Calcutta medical institutions reports 1879-81 [i.e.91]
Year: 1879
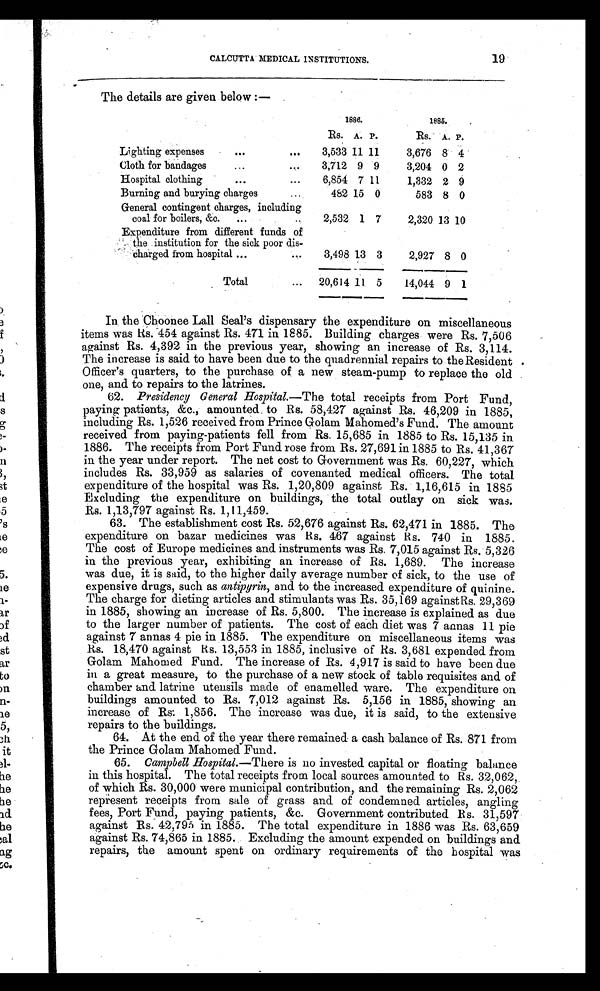
CALCUTTA MEDICAL INSTITUTIONS.
19
The details are given below :—
1886.
1885.
RS. A. P.
RS. A. P.
Lighting expenses
...
...
3,533 11 11
3,676 8 4
Cloth for bandages
...
...
3,712 9 9
3,204 0 2
Hospital clothing
...
...
6,854 7 11
1,332 2 9
Burning and burying charges.. .
4 8 2 15 0
583 8 0
General contingent charges, including
coal for boilers, &c.
...
2,532 1 7
2,320 13 10
Expenditure from different funds of
the institution for the sick poor dis-
charged from hospital ...
...
3,498 13 3
2,927 8 0
Total
...
20,614 11 5
14,044 9 1
In the Choonee Lall Seal's dispensary the expenditure on miscellaneous
items was Rs. 454 against Rs. 471 in 1885. Building charges were Rs. 7,506
against Rs. 4,392 in the previous year, showing an increase of Rs. 3,114.
The increase is said to have been due to the quadrennial repairs to the Resident
Officer's quarters, to the purchase of a new steam-pump to replace the old
one, and to repairs to the latrines.
62.
Presidency General Hospital. —The total receipts from Port Fund,
paying patients, &c., amounted to Rs. 58,427 against Rs. 46,209 in 1885,
including Rs. 1,526 received from Prince Golam Mahomed's Fund. The amount
received from paying-patients fell from Rs. 15,685 in 1885 to Rs. 15,135 in
1886. The receipts from Port Fund rose from Rs. 27,691 in 1885 to Rs. 41,367
in the year under report. The net cost to Government was Rs. 60,227, which
includes Rs. 33,959 as salaries of covenanted medical officers. The total
expenditure of the hospital was Rs. 1,20,809 against Rs. 1,16,615 in 1885
Excluding the expenditure on buildings, the total outlay on sick was.
Rs. 1,13,797 against Rs. 1,11,459.
63. The establishment cost Rs. 52,676 against Rs. 62,471 in 1885. The
expenditure on bazar medicines was Rs. 467 against Rs. 740 in 1885.
The cost of Europe medicines and instruments was Rs. 7,015 against Rs. 5,326
in the previous year, exhibiting an increase of Rs. 1,689. The increase
was due, it is said, to the higher daily average number of sick, to the use of
expensive drugs, such as antipyrin, and to the increased expenditure of quinine.
The charge for dieting articles and stimulants was Rs. 35,169 against Rs. 29,369
in 1885, showing an increase of Rs. 5,800. The increase is explained as due
to the larger number of patients. The cost of each diet was 7 annas 11 pie
against 7 annas 4 pie in 1885. The expenditure on miscellaneous items was
R s . 1 8 , 4 7 0 a g a i n s t R s . 1 3 , 5 5 3 i n 1 8 8 5 , i n c l u s i v e o f R s . 3 , 6 8 1 e x p e n d e d f r o m
Golam Mahomed Fund. The increase of Rs. 4,917 is said to have been due
in a great measure, to the purchase of a new stock of table requisites and of
chamber and latrine utensils made of enamelled ware. The expenditure on
buildings amounted to Rs. 7,012 against Rs. 5,156 in 1885, showing an
increase of Rs: 1,856. The increase was due, it is said, to the extensive
repairs to the buildings.
64. At the end of the year there remained a cash balance of Rs. 871 from
the Prince Golam Mahomed Fund.
65.
Campbell Hospital.—There is no invested capital or floating balance
in this hospital. The total receipts from local sources amounted to Rs. 32,062,
of which Rs. 30,000 were municipal contribution, and the remaining Rs. 2,062
represent receipts from sale of grass and of condemned articles, angling
fees, Port Fund, paying patients, &c. Government contributed. Rs. 31,597
against Rs. 42,795 in 1885. The total expenditure in 1886 was Rs. 63,659
against Rs. 74,865 in 1885. Excluding the amount expended on buildings and
repairs, the amount spent on ordinary requirements of the hospital was